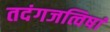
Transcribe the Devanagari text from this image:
तदंगजत्विषां